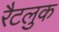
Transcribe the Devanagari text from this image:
रैटलुक